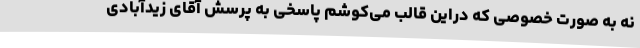
نه به صورت خصوصی که دراین قالب می‌کوشم پاسخی به پرسش آقای زیدآبادی